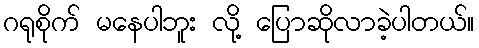
ဂရုစိုက် မနေပါဘူး လို့ ပြောဆိုလာခဲ့ပါတယ်။